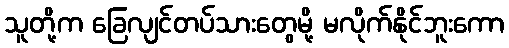
သူတို့က ခြေလျင်တပ်သားတွေမို့ မလိုက်နိုင်ဘူးကော